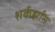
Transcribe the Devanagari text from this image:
शर्कर्ह्राास